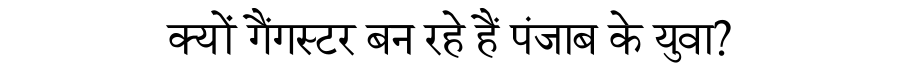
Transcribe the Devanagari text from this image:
क्यों गैंगस्टर बन रहे हैं पंजाब के युवा?